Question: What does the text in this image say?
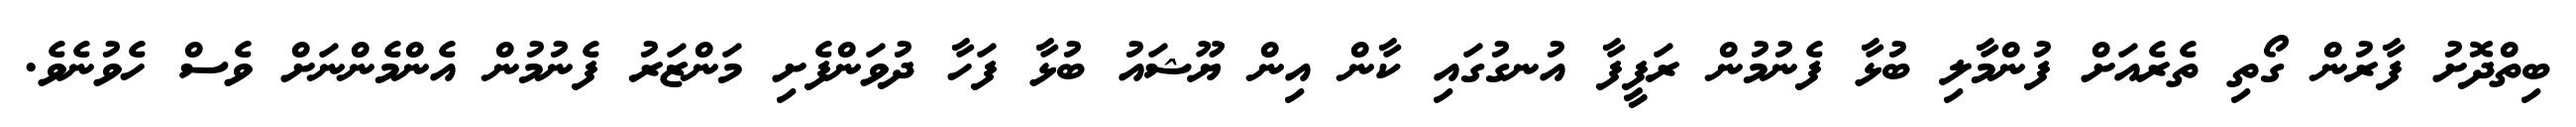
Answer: ބިތްދޮށު ފާރުން ގޯތި ތެރެއަށް ފުންމާލި ބުޅާ ފެނުމުން ރަފީފާ އުނގުގައި ކާން އިން ޔޫޝައު ބުޅާ ފަހާ ދުވަންފެށި މަންޒަރު ފެނުމުން އެންމެންނަށް ވެސް ހެވުނެވެ.